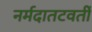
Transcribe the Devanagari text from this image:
नर्मदातटवर्ती